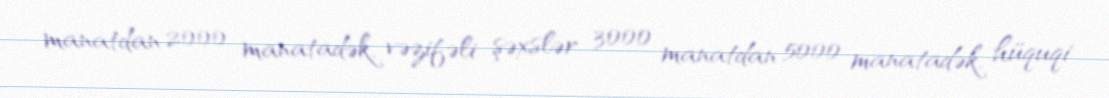
manatdan 2000 manatadək, vəzifəli şəxslər 3000 manatdan 5000 manatadək, hüquqi